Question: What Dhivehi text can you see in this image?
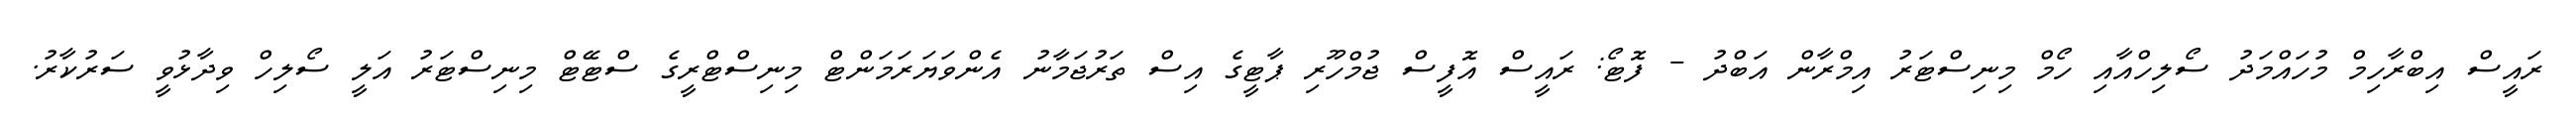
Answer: ރައީސް އިބްރާހިމް މުހައްމަދު ސޯލިހްއާއި ހޯމް މިނިސްޓަރު އިމްރާން އަބްދު - ފޮޓޯ: ރައީސް އޮފީސް ޖުމްހޫރި ޕާޓީގެ އިސް ތަރުޖަމާނު އެންވަޔަރަމަންޓް މިނިސްޓްރީގެ ސްޓޭޓް މިނިސްޓަރު އަލީ ސޯލިހް ވިދާޅުވީ ސަރުކާރު.